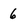
Character: 6